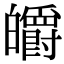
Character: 皭